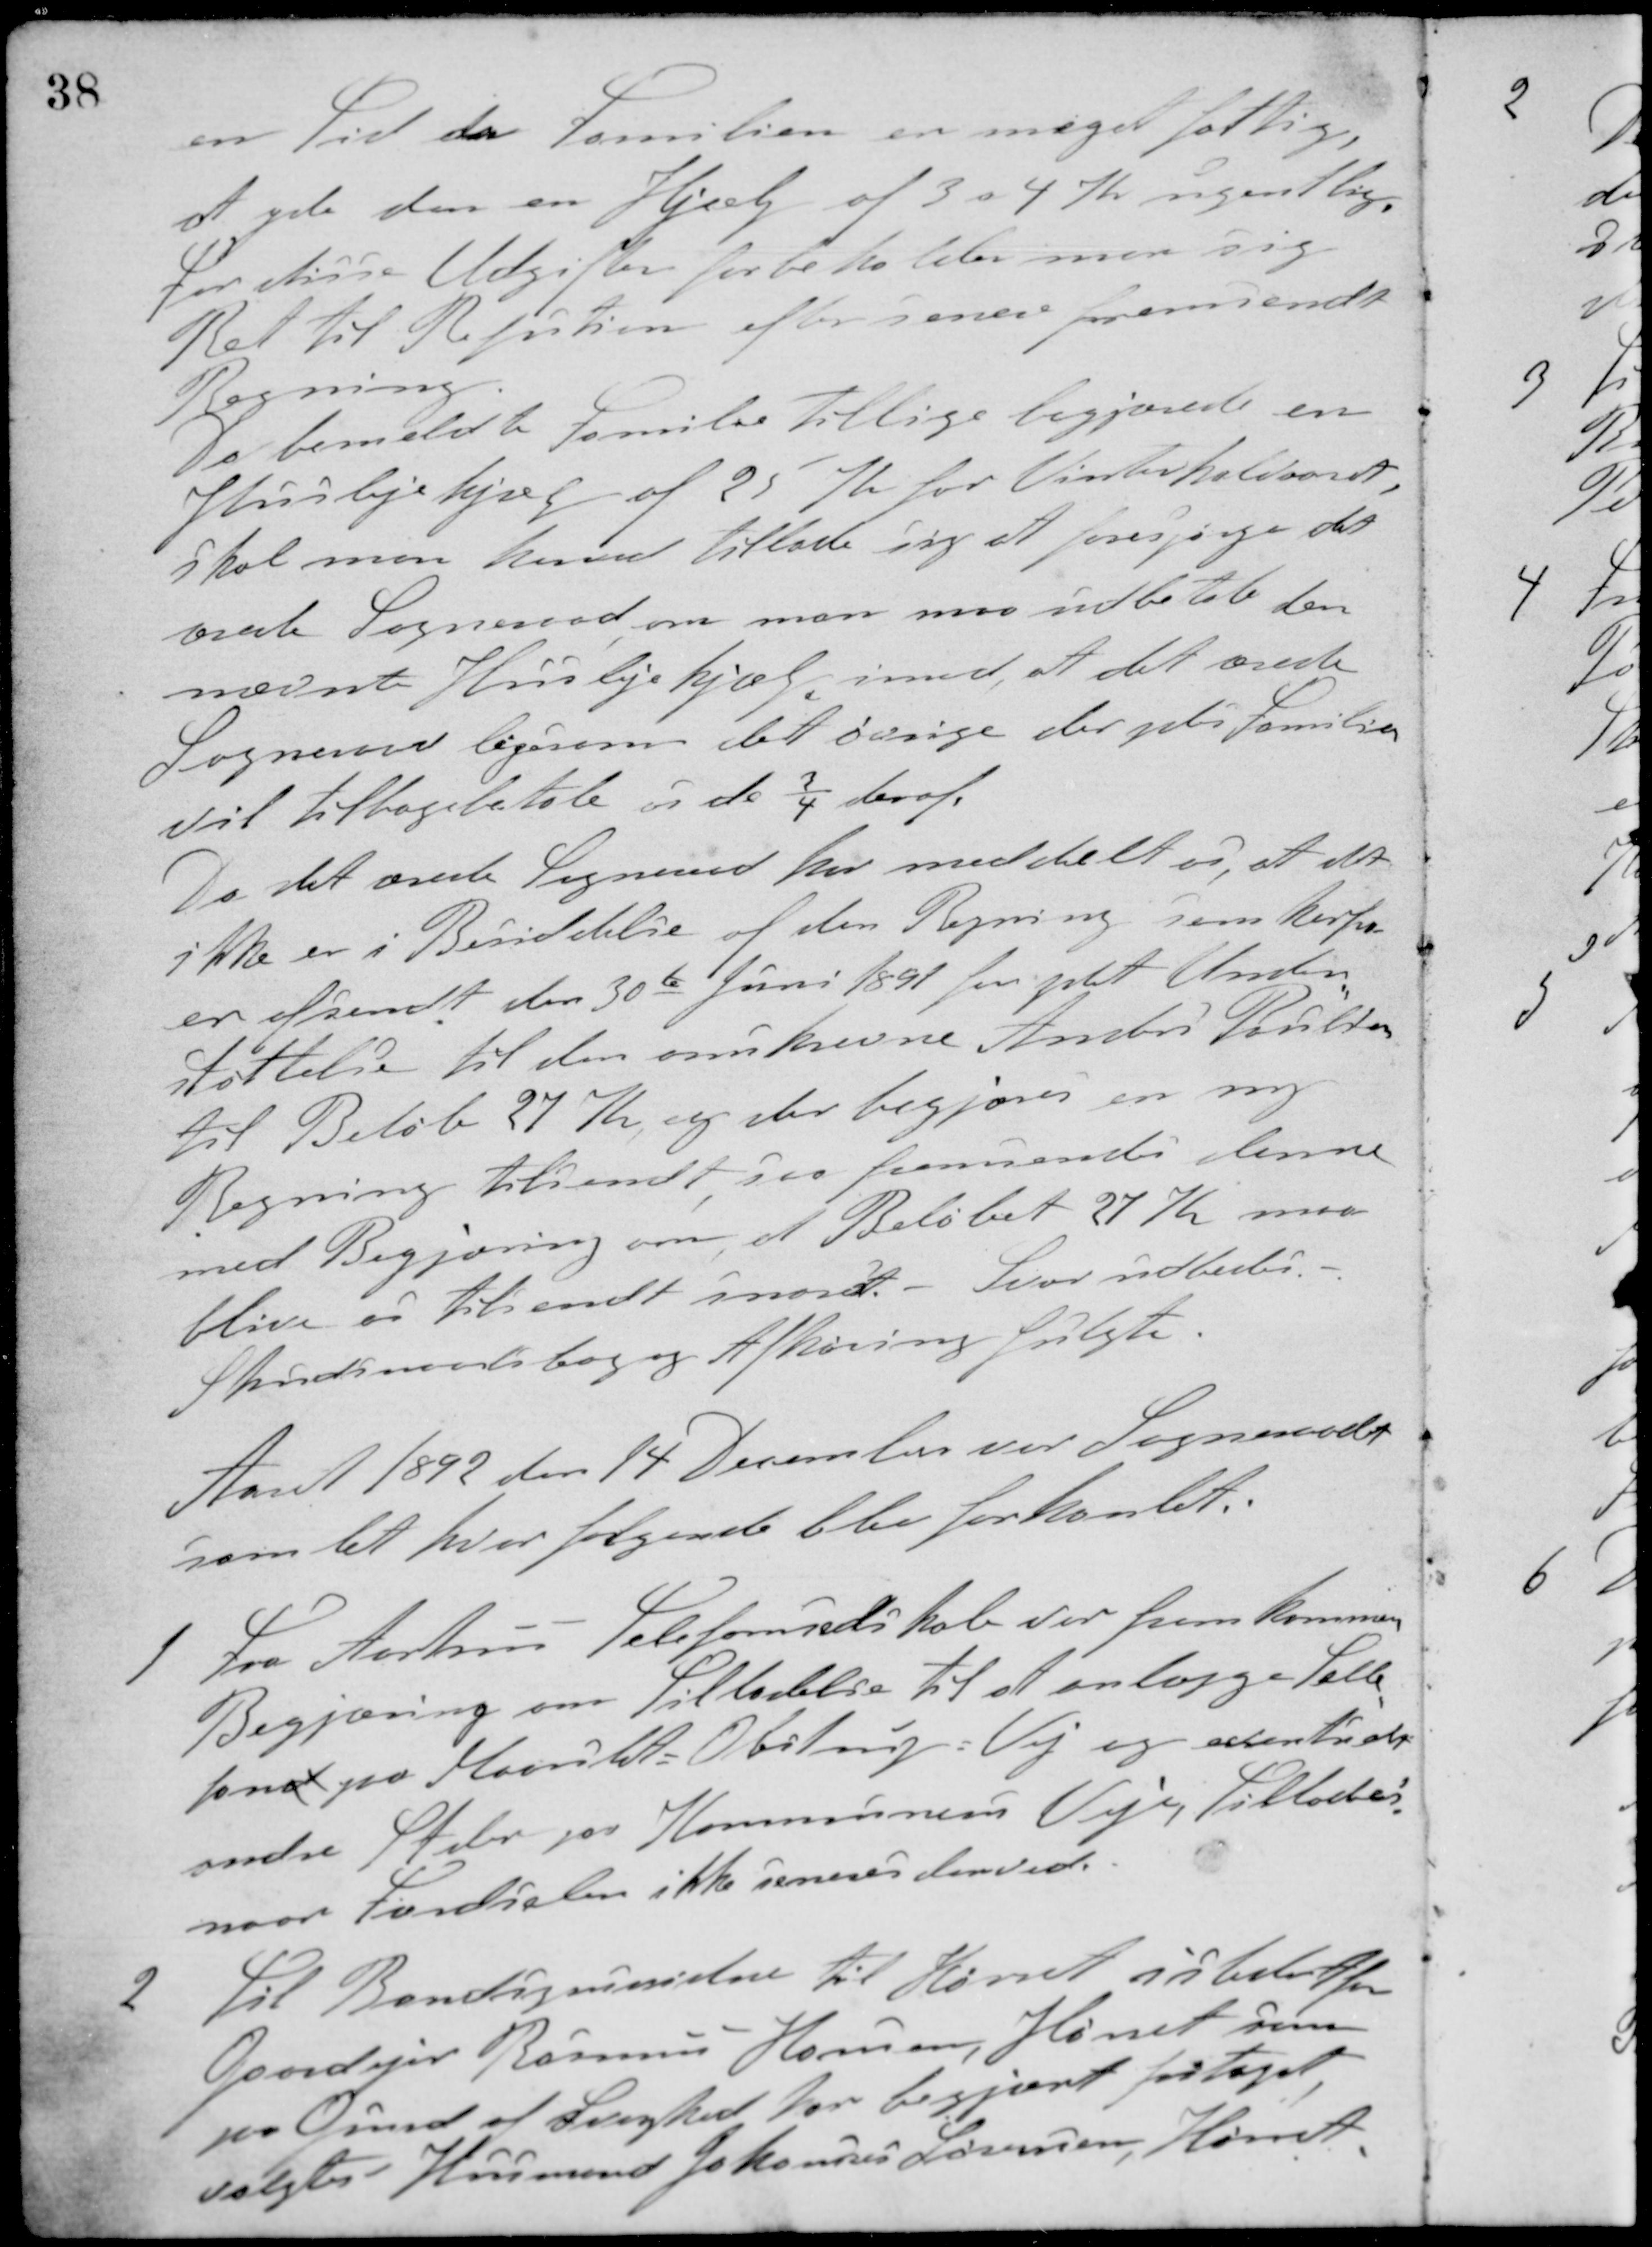
Transskription:
en Tid da Familien er meget fattige,
at yde den en Hjælp af 3 a 4 Kr. ugentlig.
For disse Udgifter forbeholder man sig
Ret til Refusion efter senere fremsendt
Regning.
Da bemeldte Familie tillige begjærede en
Huslejehjælp af 25 K. for Vinterhalvaaret,
skal man herved Tillade sig at forespørge det
ærede Sogneraad om man maa udbetale den
nævnte Huslejehjælp imod, at det ærede
Sogneraad ligesom det øvrige der ydes Familien
vil tilbagebetale os de ¾ heraf.
Da det ærede Sogneraad har meddelt os, at det
ikke er i Besiddelse af den Regning som herfra
er afsendt den 30te Juni 1891 for ydet Under-
støttelse til den omskrevne Anders Poulsen,
til Beløb 27 Kr., og der begjæres en ny
Regning tilsendt, saa fremsendes denne
med Begjæring om at Beløbet 27 Kr. maa
blive os tilsendt snarest. - Svar udbedes.
Skudsmaalsbog og Afhøring fulgte.
Aaret 1892 den 14 December var Sogneraadet
samlet, hvor følgende blev forhandlet.
1 Fra Aarhus Telefonselskab var fremkommen
Begjæring om Tilladelse til at anlægge Telle-
fond paa Maarslet-Obstrup-Vej og eventuelt
andre Steder paa Kommunens Veje, Tillodes
naar Færdselen ikke seneres derved.
2 Til Bandagminvidne til Hørret i stedet for
Gaardejer Rasmus Hansen, Hørret som
paa Grund af Svaghed har begjæret fritaget,
valgtes Husmand Johannes Laursen, Hørret